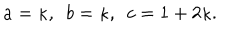
a = \kappa , ~ ~ b = \kappa , ~ ~ c = 1 + 2 \kappa .